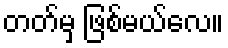
တတ်မှ ဖြစ်မယ်လေ။